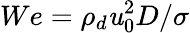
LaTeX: We={{\rho}_{d}}\mathit{u}_{0}^{2}D/{{{\sigma}}}